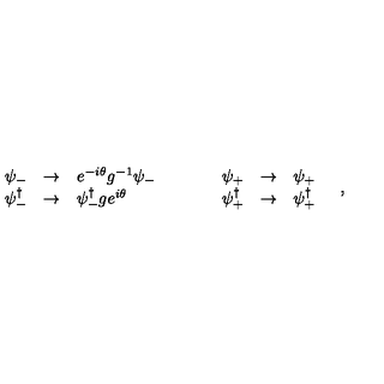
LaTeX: \begin{array} { r c l c r c l } { \psi _ { - } } & { \rightarrow } & { e ^ { - i \theta } g ^ { - 1 } \psi _ { - } } & { \quad \quad } & { \psi _ { + } } & { \rightarrow } & { \psi _ { + } \nonumber } \\ { \psi _ { - } ^ { \dagger } } & { \rightarrow } & { \psi _ { - } ^ { \dagger } g e ^ { i \theta } } & { \quad \quad } & { \psi _ { + } ^ { \dagger } } & { \rightarrow } & { \psi _ { + } ^ { \dagger } } \\ \end{array} \quad ,